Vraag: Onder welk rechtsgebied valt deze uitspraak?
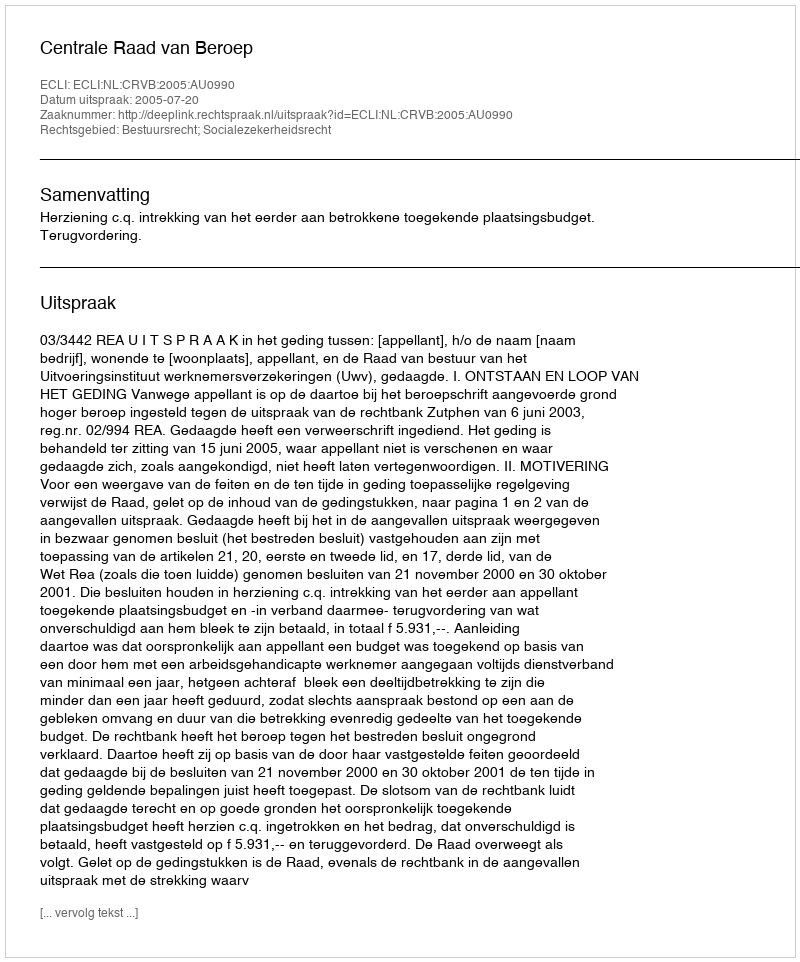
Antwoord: Bestuursrecht; Socialezekerheidsrecht